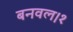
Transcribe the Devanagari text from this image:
बनवल।१